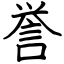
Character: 誉